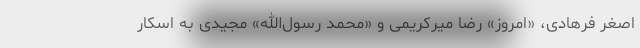
اصغر فرهادی، «امروز» رضا میرکریمی و «محمد رسول‌الله» مجیدی به اسکار